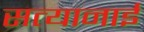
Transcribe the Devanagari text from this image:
सत्यानाई